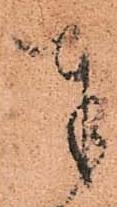
奉